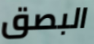
البصق